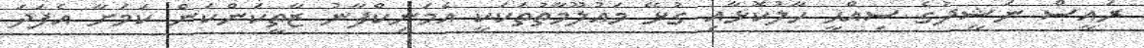
ރައީސް ނަޝީދުގެ ސިއްޙީ ހާލުކޮޅާއި ގުޅޭ މައުލޫމާތުތަކަކީ އެމަނިކްފާނު ޒާތީކަންކަން ކަމަށާ އެފަދަ